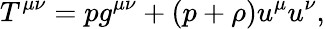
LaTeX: T^{\mu\nu}=pg^{\mu\nu}+(p+\rho)u^{\mu}u^{\nu},